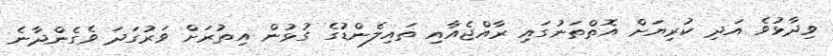
ވިދާޅުވެ އަދި ކުރިޔަށް އޮތްތަނުގައި ރާއްޖެއާއި ތައިލެންޑުގެ ގުޅުން އިތުރަށް ވަރުގަދަ ވެގެންދާނެ